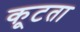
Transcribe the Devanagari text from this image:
कूटता